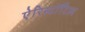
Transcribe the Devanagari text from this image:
ऐरिस्टॉटिल